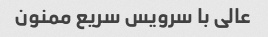
عالى با سرویس سریع ممنون